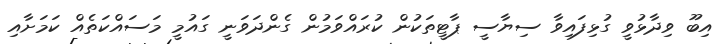
އިބޫ ވިދާޅުވީ ގުޅިފައިވާ ސިޔާސީ ޕާޓީތަކުން ކުރައްވަމުން ގެންދަވަނީ ގައުމީ މަސައްކަތެއް ކަމަށާއި